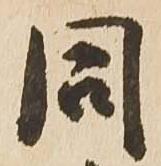
同